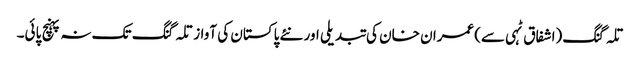
تلہ گنگ (اشفاق ٹہی سے)عمران خان کی تبدیلی اور نئے پاکستان کی آواز تلہ گنگ تک نہ پہنچ پائی۔